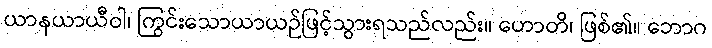
ယာနယာယီဝါ၊ ကြွင်းသောယာယဉ်ဖြင့်သွားရသည်လည်း။ ဟောတိ၊ ဖြစ်၏။ ဘောဂ